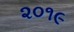
૨૦૧૯